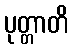
ပုတ္တာတိ